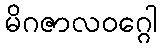
မိဂဇာလဝဂ္ဂေါ